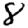
Digit: 8